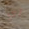
أي